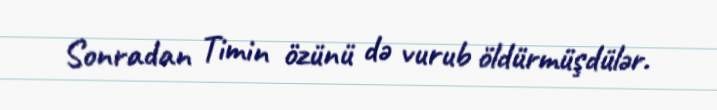
Sonradan Timin özünü də vurub öldürmüşdülər.